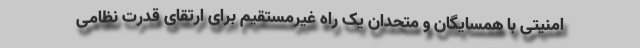
امنیتی با همسایگان و متحدان یک راه غیرمستقیم برای ارتقای قدرت نظامی